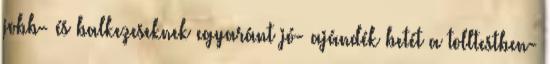
jobb- és balkezeseknek egyaránt jó- ajándék betét a tolltestben-